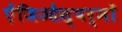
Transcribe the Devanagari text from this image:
ऐंजिऔस्पर्मों